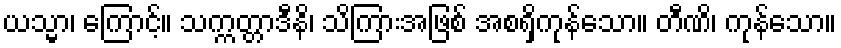
ယသ္မာ၊ ကြောင့်။ သက္ကတ္တာဒီနိ၊ သိကြားအဖြစ် အစရှိကုန်သော။ တီဏိ၊ ကုန်သော။